Sketch of the medical history of the native army of Bombay, for the year
Year: 1870
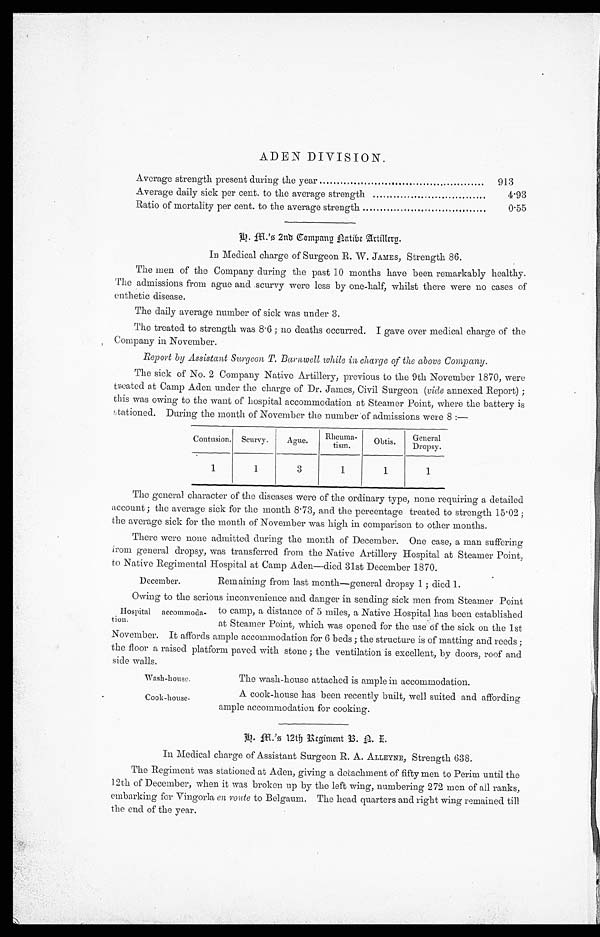
Wash-house.
Cook-house.
ADEN DIVISION.
Average strength present during the year
913
Average daily sick per cent. to the average strength
4.93
Ratio of mortality per cent. to the average strength
0.55
h . m . ' s 2 n d C o m p a n y N a t i v e A r t i l l e r y .
In Medical charge of Surgeon R. W. JAMES, Strength 86.
The men of the Company during the past 10 months have been remarkably healthy.
The admissions from ague and scurvy were less by one-half, whilst there were no cases of
enthetic disease.
The daily average number of sick was under 3.
The treated to strength was 8.6; no deaths occurred. I gave over medical charge of the
Company in November.
Report by Assistant Surgeon T. Barnwell while in charge of the above Company.
The sick of No. 2 Company Native Artillery, previous to the 9th November 1870, were
hated at Camp Aden under the charge of Dr. James, Civil Surgeon (vide annexed Report);
this was owing to the want of hospital accommodation at Steamer Point, where the battery is
stationed. During the month of November the number of admissions were 8 :—
Contusion. Scurvy.
Ague.
Rheuma-
tism.
Obtis.
General
Dropsy.
1
1
3
1
1
1
The general character of the diseases were of the ordinary type, none requiring a detailed
account; the average sick for the month 8.73, and the percentage treated to strength 15.02;
the average sick for the month of November was high in comparison to other months.
There were none admitted during the month of December. One case, a man suffering
from general dropsy, was transferred from the Native Artillery Hospital at Steamer Point,
to Native Regimental Hospital at Camp Aden—died 31st December 1870.
December.
Remaining from last month—general dropsy 1; died 1.
Owing to the serious inconvenience and danger in sending sick men from Steamer Point
to camp, a distance of 5 miles, a Native Hospital has been established
at Steamer Point, which was opened for the use of the sick on the 1st
November. It affords ample accommodation for 6 beds; the structure is of matting and reeds;
the floor a raised platform paved with stone; the ventilation is excellent, by doors, roof and
side walls.
Hospital accommoda-
tion.
The wash-house attached is ample in accommodation.
A cook-house has been recently built, well suited and affording
ample accommodation for cooking.
In Medical charge of Assistant Surgeon R. A. ALLEYNE, Strength 638.
The Regiment was stationed at Aden, giving a detachment of fifty men to Perim until the
12th of December, when it was broken up by the left wing, numbering 272 men of all ranks,
embarking for Vingorla en route to Belgaum. The head quarters and right wing remained till
the end of the year.